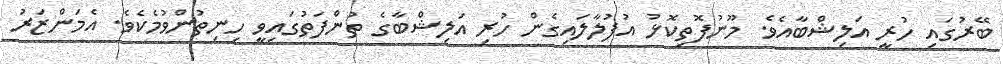
ބޭރުގައި ހުރީ އަލިޝްބާއެވެ. މޫނުފޮތިކޮޅު އުފުލާލައިގެން ހުރި އަލިޝްބާގެ ތުންފަތުގައިވީ ހިނިތުންވުމެކެވެ. އެމަންޒަރު